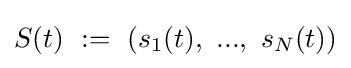
S(t)\ :=\ (s_{1}(t),\ ...,\ s_{N}(t))